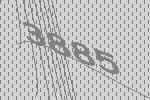
3885